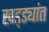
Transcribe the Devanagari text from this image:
खड्ड्यांत